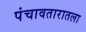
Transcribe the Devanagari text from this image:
पंचावतारातला